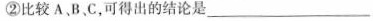
②比较A，B、C，可得出的结论是___